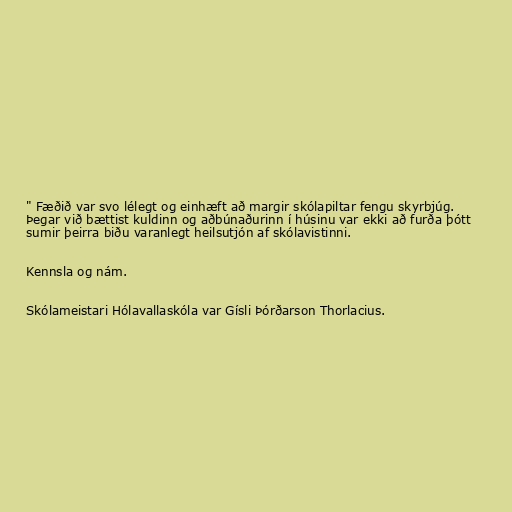
" Fæðið var svo lélegt og einhæft að margir skólapiltar fengu skyrbjúg.
Þegar við bættist kuldinn og aðbúnaðurinn í húsinu var ekki að furða þótt
sumir þeirra biðu varanlegt heilsutjón af skólavistinni.

Kennsla og nám.

Skólameistari Hólavallaskóla var Gísli Þórðarson Thorlacius.